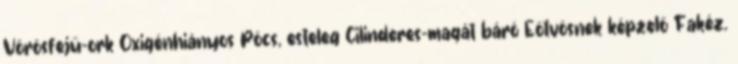
Vörösfejű-ork Oxigénhiányos Pöcs, esteleg Cilinderes-magát báró Eötvösnek képzelő Fakéz.